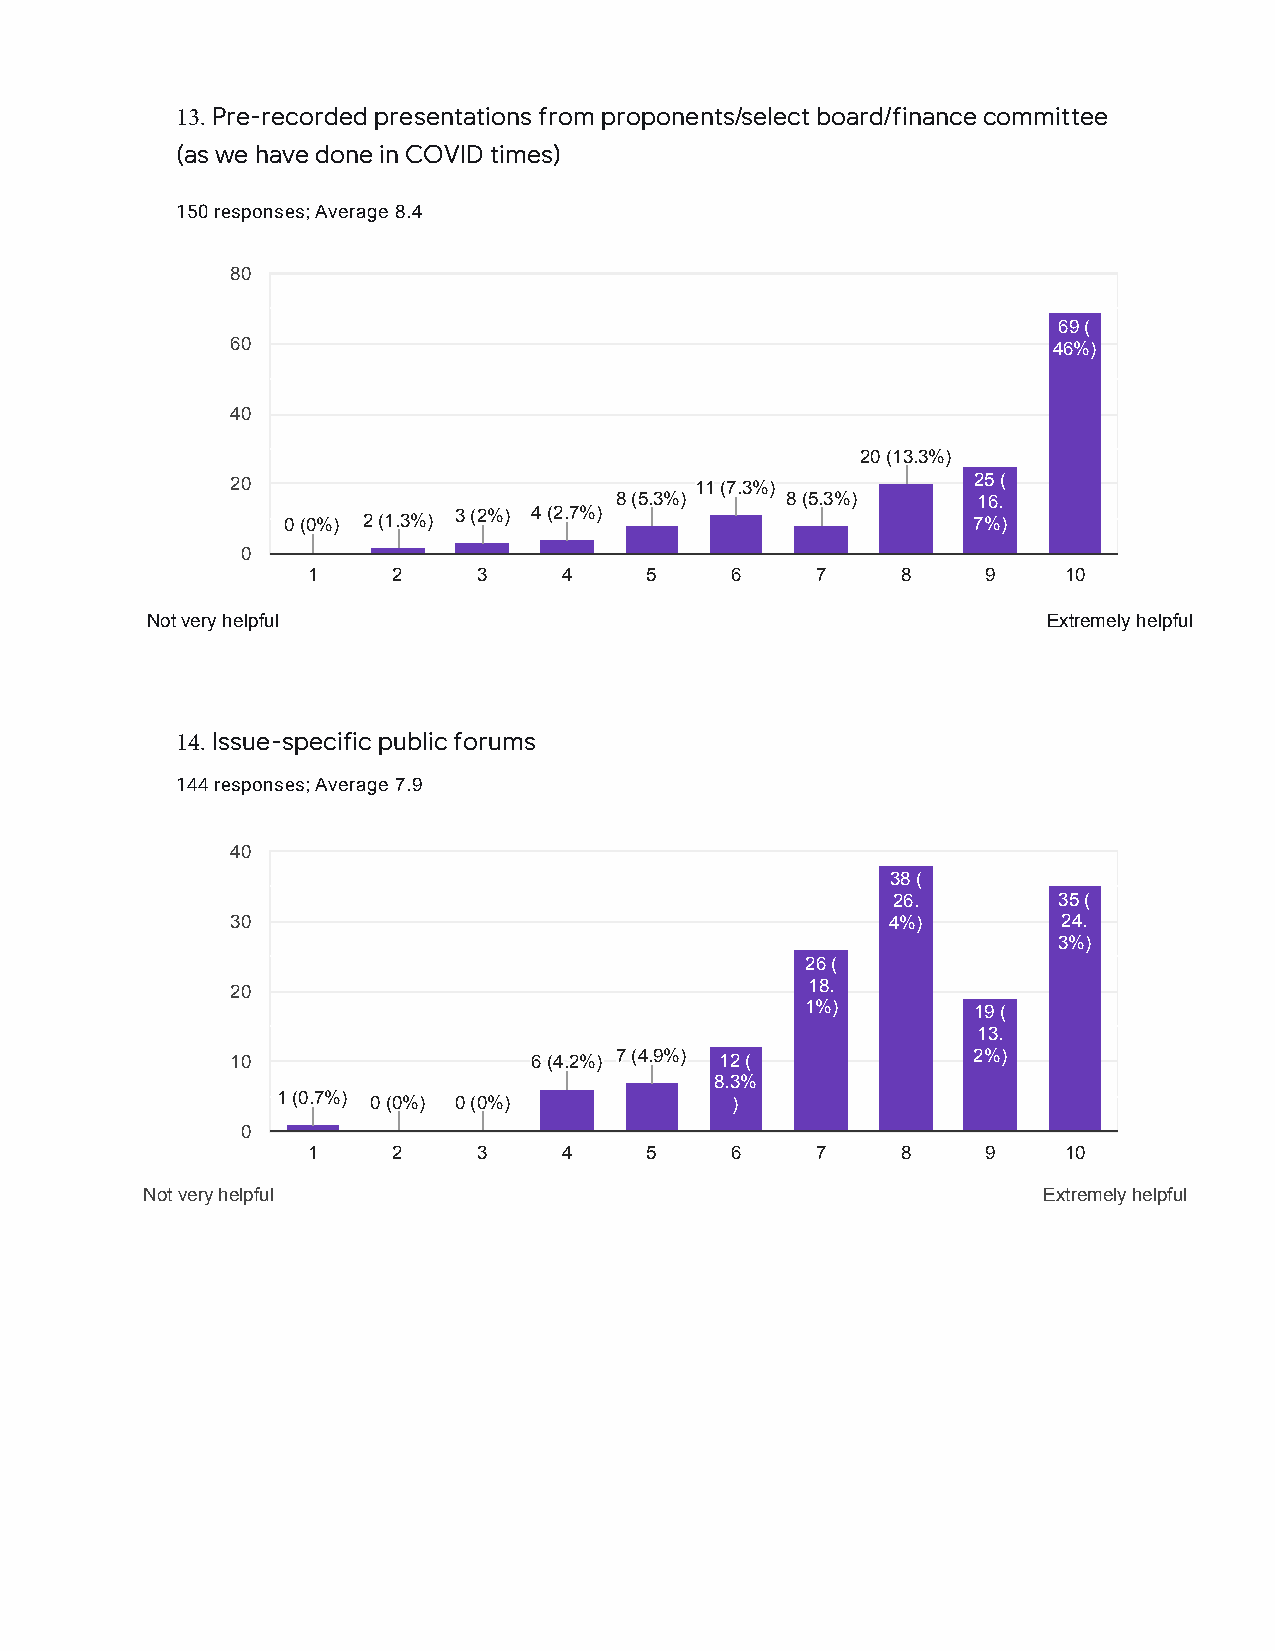
13. Pre-recorded presentations from proponents/select board/finance committee
 (as we have done in COVID times)
 150 responses; Average 8.4
 80
 69 (
 60                                                     46%)
 40
 20 (13.3%)
 20                             11 (7.3%)         25 (
 8 (5.3%)   8 (5.3%)     16.
 0 (0%) 2 (1.3%) 3 (2%) 4 (2.7%)              7%)
 0
 1     2     3    4     5    6     7     8    9    10
 Not very helpful                                           Extremely helpful
 14.Issue-specific public forums
 144 responses; Average 7.9
 40
 38 (
 26.        35 (
 30                                          4%)        24.
 3%)
 26 (
 20                                     18.
 1%)        19 (
 13.
 10                  6 (4.2%) 7 (4.9%) 12 (       2%)
 8.3%
 1 (0.7%) 0 (0%) 0 (0%)        )
 0
 1     2     3    4     5    6     7     8    9    10
 Not very helpful                                            Extremely helpful